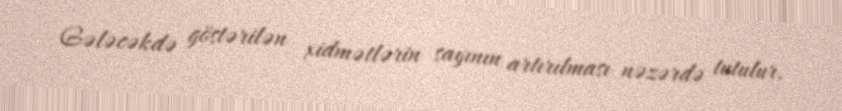
Gələcəkdə göstərilən xidmətlərin sayının artırılması nəzərdə tutulur.